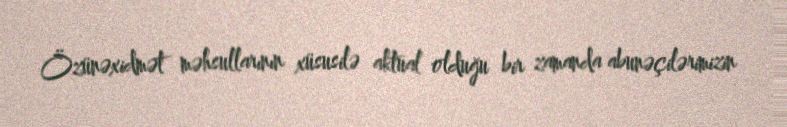
Özünəxidmət məhsullarının xüsusilə aktual olduğu bir zamanda abunəçilərimizin